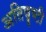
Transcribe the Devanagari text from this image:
अतिवॄष्टी